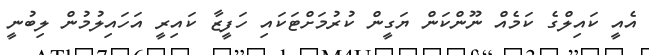
އެއީ ކައިލްގެ ކަމެއް ނޫންކަން ޔަގީން ކުރުމަށްޓަކައި ހަފީޒާ ކައިރީ އަހައިލުމުން ލިބުނީ